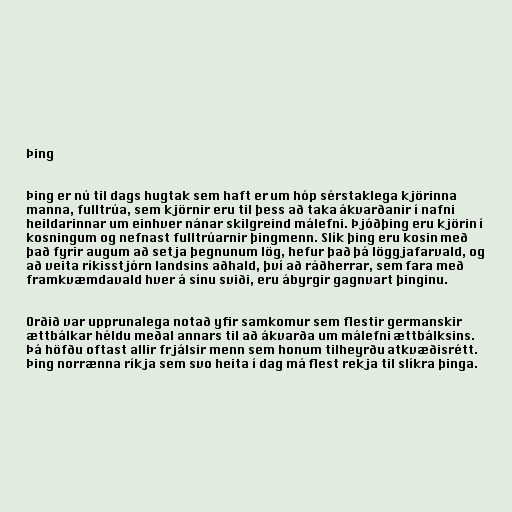
Þing

Þing er nú til dags hugtak sem haft er um hóp sérstaklega kjörinna
manna, fulltrúa, sem kjörnir eru til þess að taka ákvarðanir í nafni
heildarinnar um einhver nánar skilgreind málefni. Þjóðþing eru kjörin í
kosningum og nefnast fulltrúarnir þingmenn. Slík þing eru kosin með
það fyrir augum að setja þegnunum lög, hefur það þá löggjafarvald, og
að veita ríkisstjórn landsins aðhald, því að ráðherrar, sem fara með
framkvæmdavald hver á sínu sviði, eru ábyrgir gagnvart þinginu.

Orðið var upprunalega notað yfir samkomur sem flestir germanskir
ættbálkar héldu meðal annars til að ákvarða um málefni ættbálksins.
Þá höfðu oftast allir frjálsir menn sem honum tilheyrðu atkvæðisrétt.
Þing norrænna ríkja sem svo heita í dag má flest rekja til slíkra þinga.